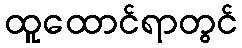
ထူထောင်ရာတွင်